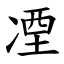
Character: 凐